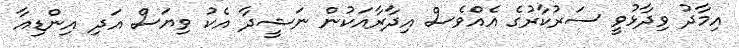
އިމާދު ވިދާޅުވީ ސަރުކާރުގެ އެއްވެސް އިދާރާއަކުން ނަޝީދާ އެކު ވިޔަސް އަދި އިންޑިއާ